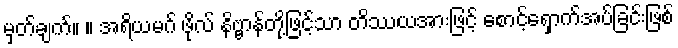
မှတ်ချက်။ ။ အရိယမဂ် ဖိုလ် နိဗ္ဗာန်တို့ဖြင့်သာ တိဿယအားဖြင့် စောင့်ရှောက်အပ်ခြင်းဖြစ်